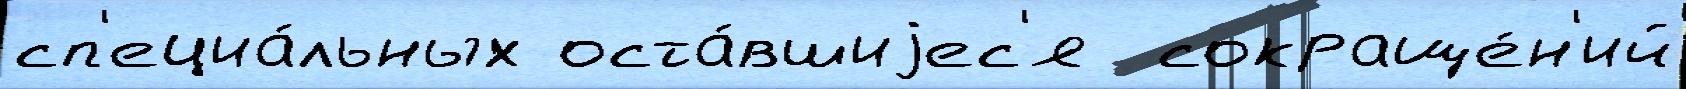
сп'ециа́льных оста́вшиjес'я  сокраще́н'ий